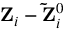
{ \bf Z } _ { i } - { \bf \tilde { Z } } _ { i } ^ { 0 }